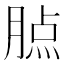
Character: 𦝿